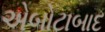
એબોટાબાદ